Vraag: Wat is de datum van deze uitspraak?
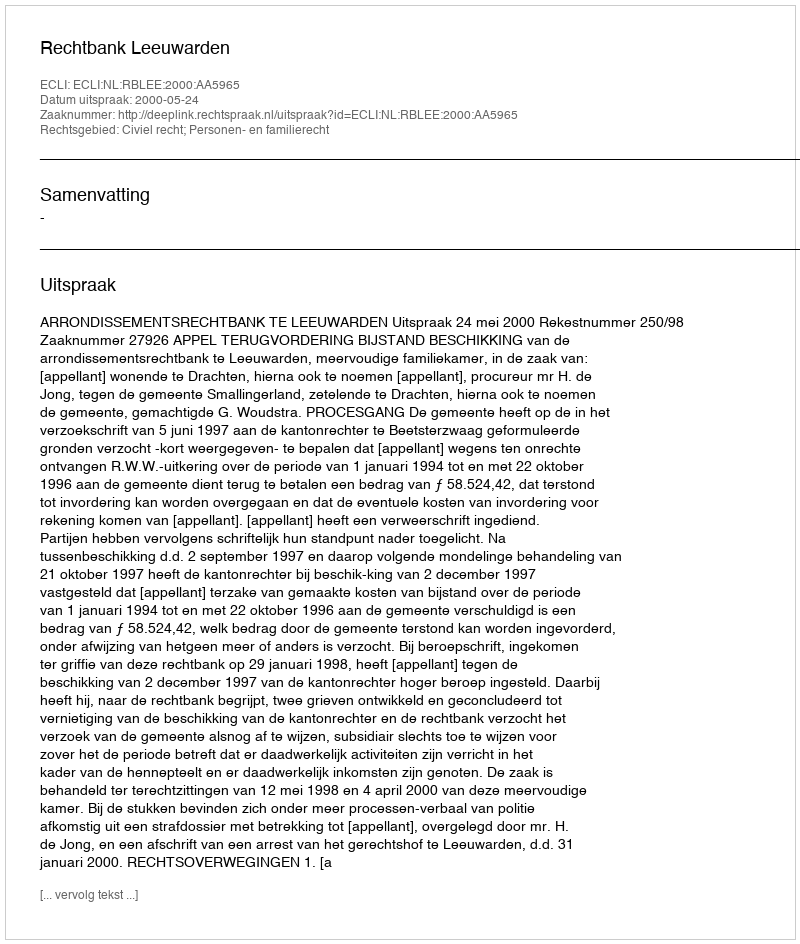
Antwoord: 2000-05-24